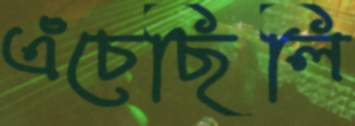
এঁচেছিলি